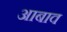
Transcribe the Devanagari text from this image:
आबाव